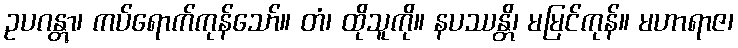
ဥပဂန္တွာ၊ ကပ်ရောက်ကုန်သော်။ တံ၊ ထိုသူကို။ နပဿန္တိ၊ မမြင်ကုန်။ မဟာရာဇ၊